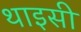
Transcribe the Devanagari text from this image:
थाइसी